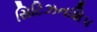
સિટિઝનશિપ